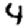
Digit: 4